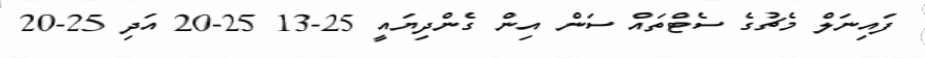
ފައިނަލް މެޗުގެ ސެޓްތައް ސަން އިން ގެންދިޔައީ 25-13 25-20 އަދި 25-20